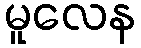
မူလေန